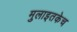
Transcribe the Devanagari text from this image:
मुलाइतकेच